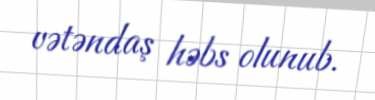
vətəndaş həbs olunub.